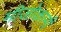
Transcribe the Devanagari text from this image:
मीजोकामी